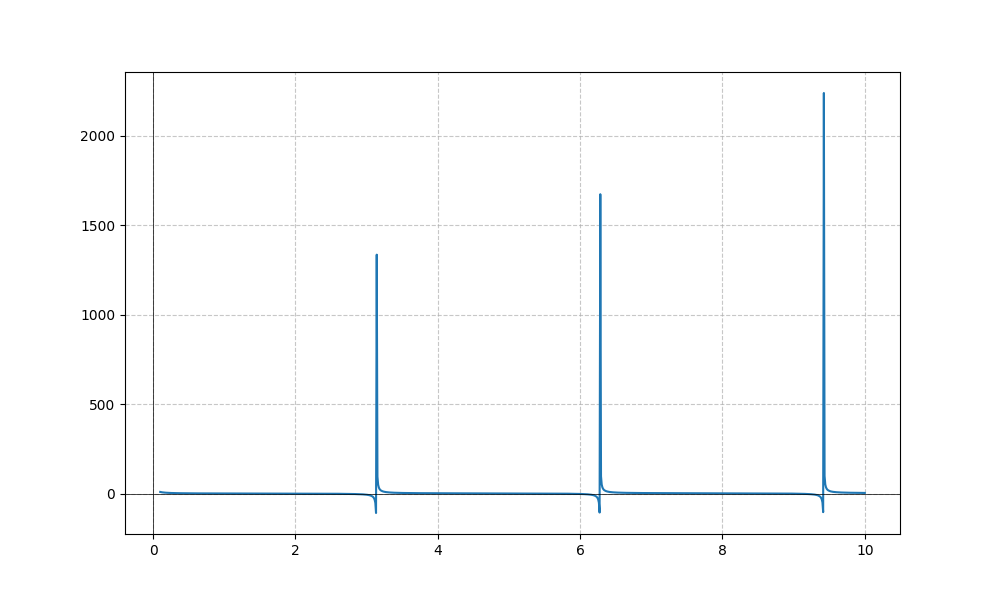
LaTeX formula: \sqrt{x} + \cot{\left(x \right)}